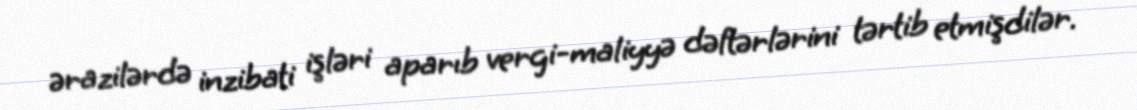
ərazilərdə inzibati işləri aparıb vergi-maliyyə dəftərlərini tərtib etmişdilər.